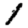
Digit: 1